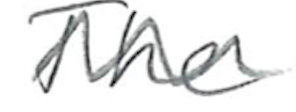
Text: The
Cross-out: wave
Writing tool: pencil